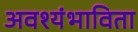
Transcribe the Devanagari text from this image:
अवश्यंभाविता